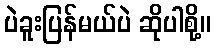
ပဲခူးပြန်မယ်ပဲ ဆိုပါစို့။